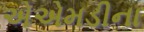
એએમડીના